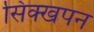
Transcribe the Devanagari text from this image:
सिक्खपन